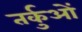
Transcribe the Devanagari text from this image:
तर्कुओं